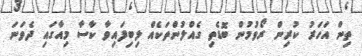
ތިން އަހަރު ކުރިން ރޯވުމުން ބޮޑެތި ގެއްލުންތަކެއް ލިބިފައިވާ ކާސާ މިއާގައި ދެވަނަ